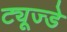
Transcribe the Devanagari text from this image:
ट्यूज्डे